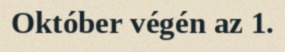
Október végén az 1.